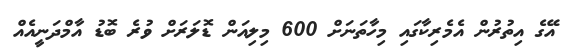
އޭގެ އިތުރުން އެމެރިކާގައި މިހާތަނަށް 600 މިލިއަން ޑޮލަރަށް ވުރެ ބޮޑު އާމްދަނީއެއް